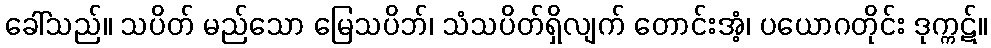
ခေါ်သည်။ သပိတ် မည်သော မြေသပိဘ်၊ သံသပိတ်ရှိလျက် တောင်းအံ့၊ ပယောဂတိုင်း ဒုက္ကဋ်။